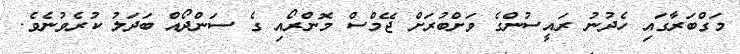
މަގްބަރާގައި ހެދުނު ރައީސުންގެ ވަށްބުރަށް ޖޭމްސް މޮންރޯއި ގެ ސަންދޯއް ބަދަލު ކުރެވުނެވެ.